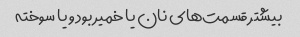
بیشتر قسمت‌های نان یا خمیر بود و یا سوخته